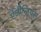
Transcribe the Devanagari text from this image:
एंजीलियंस